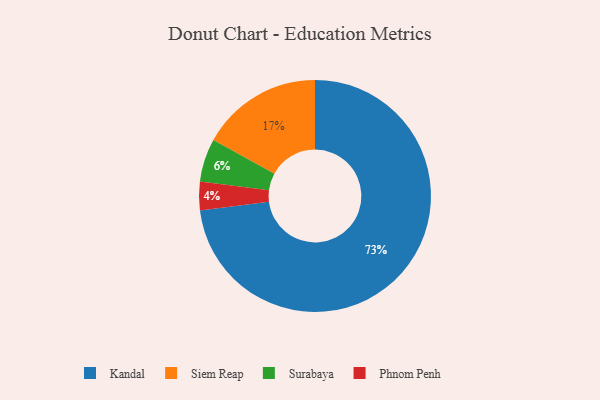
{"axis": {"x": "Category", "y": "Percentage"}, "legend": ["Kandal", "Phnom Penh", "Siem Reap", "Surabaya"], "data": [{"x": "Phnom Penh", "y": 4, "type": "Phnom Penh"}, {"x": "Siem Reap", "y": 17, "type": "Siem Reap"}, {"x": "Kandal", "y": 73, "type": "Kandal"}, {"x": "Surabaya", "y": 6, "type": "Surabaya"}]}